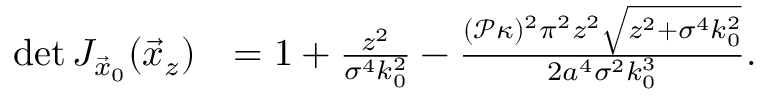
\begin{array} { r l } { \operatorname* { d e t } J _ { \vec { x } _ { 0 } } ( \vec { x } _ { z } ) } & { = 1 + \frac { z ^ { 2 } } { \sigma ^ { 4 } k _ { 0 } ^ { 2 } } - \frac { ( \mathcal { P } \kappa ) ^ { 2 } \pi ^ { 2 } z ^ { 2 } \sqrt { z ^ { 2 } + \sigma ^ { 4 } k _ { 0 } ^ { 2 } } } { 2 a ^ { 4 } \sigma ^ { 2 } k _ { 0 } ^ { 3 } } . } \end{array}